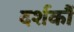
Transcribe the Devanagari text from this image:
दर्शकौं